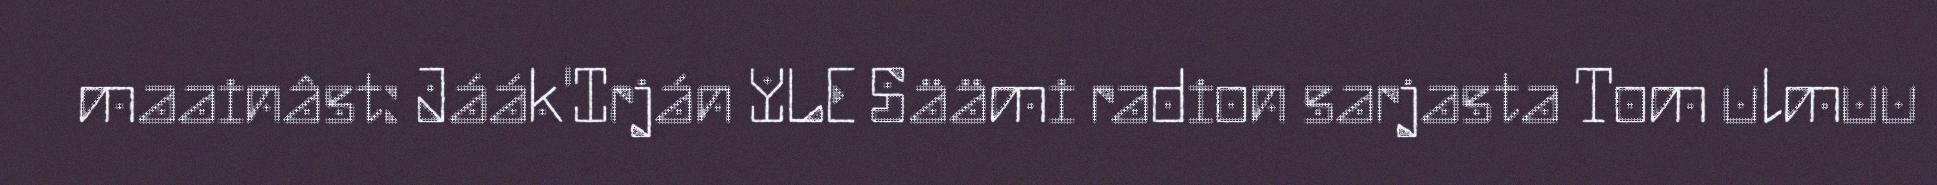
maainâst: Jáák'Irján YLE Säämi radion sarjasta Tom ulmuu